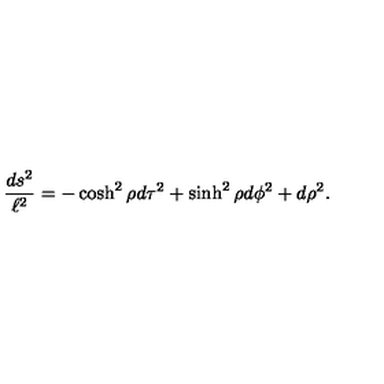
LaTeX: { \frac { d s ^ { 2 } } { \ell ^ { 2 } } } = - \cosh ^ { 2 } \rho d \tau ^ { 2 } + \sinh ^ { 2 } \rho d \phi ^ { 2 } + d \rho ^ { 2 } .